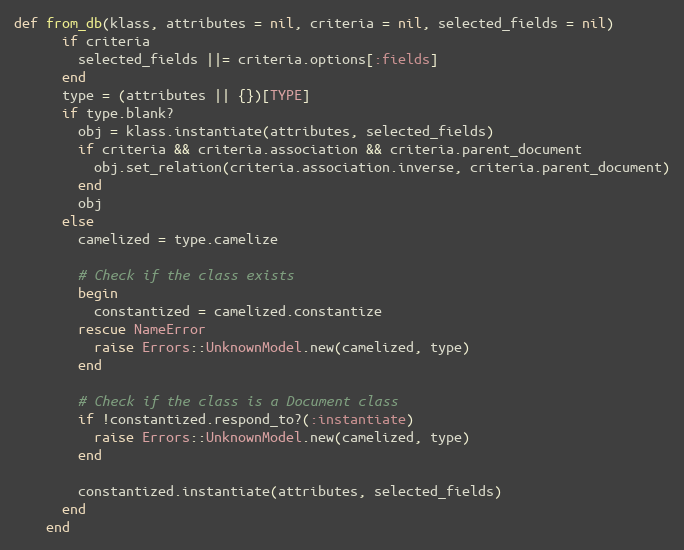
Language: Ruby
def from_db(klass, attributes = nil, criteria = nil, selected_fields = nil)
      if criteria
        selected_fields ||= criteria.options[:fields]
      end
      type = (attributes || {})[TYPE]
      if type.blank?
        obj = klass.instantiate(attributes, selected_fields)
        if criteria && criteria.association && criteria.parent_document
          obj.set_relation(criteria.association.inverse, criteria.parent_document)
        end
        obj
      else
        camelized = type.camelize

        # Check if the class exists
        begin
          constantized = camelized.constantize
        rescue NameError
          raise Errors::UnknownModel.new(camelized, type)
        end

        # Check if the class is a Document class
        if !constantized.respond_to?(:instantiate)
          raise Errors::UnknownModel.new(camelized, type)
        end

        constantized.instantiate(attributes, selected_fields)
      end
    end